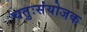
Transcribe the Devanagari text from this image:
चतुःसंयोजक